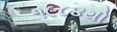
૧૯૮૪થી